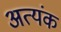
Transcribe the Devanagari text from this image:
अत्यंक